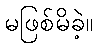
မဖြစ်မိခဲ့။